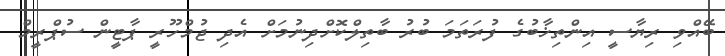
ބޭއްވި ރިޔާސީ އިންތިޚާބުގެ ފުރަތަމަ ބުރު ބާތިލްކޮށްދިނުމަށް އެދި ޖުމްހޫރީ ޕާޓީން ސުޕްރީމް